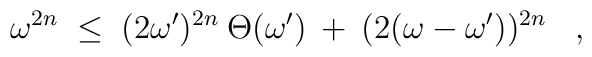
\omega^{2n} \;\leq\; (2 \omega^\prime)^{2n} \:\Theta(\omega^\prime) \:+\: (2 (\omega-\omega^\prime))^{2n} \;\;\; ,